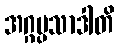
အဂ္ဂပ္ပသာဒါတိ